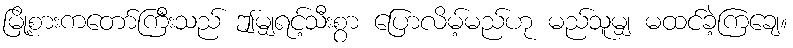
မြို့စားကတော်ကြီးသည် ဤမျှရင့်သီးစွာ ပြောလိမ့်မည်ဟု မည်သူမျှ မထင်ခဲ့ကြချေ။